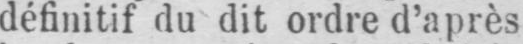
définitif du dit ordre d’après